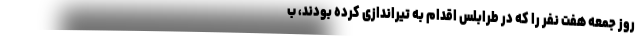
روز جمعه هفت نفر را که در طرابلس اقدام به تیراندازی کرده بودند، ب